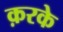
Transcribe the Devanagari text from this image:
क़रके